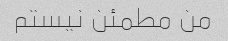
من مطمئن نیستم